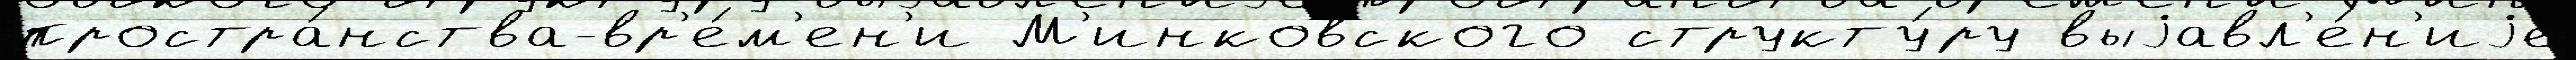
простра́нства-вр'е́м'ен'и М'инковского структу́ру выjавл'е́н'иjе